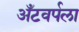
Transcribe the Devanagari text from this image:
अँटवर्पला